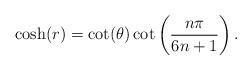
LaTeX: \begin{align*}\cosh(r) = \cot(\theta)\cot \left( \frac{n\pi}{6n+1} \right).\end{align*}